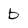
Character: b